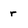
Character: r